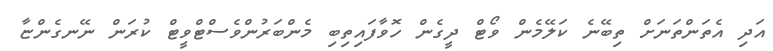
އަދި އެތަންތަނަށް ތިބޭނެ ކަލޭމެން ވޯޓް ދީގެން ހޮވާފައިތިބި މެންބަރުންވެސްޓްވީޓް ކުރަން ނޭނގެންޏާ